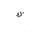
Letter: _kaf